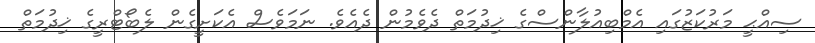
ސިއްޙީ މަރުކަޒުގައި އެމްބިއުލާންސްގެ ޚިދުމަތް ދެވެމުން ދެއެވެ. ނަމަވެސް އެކަށީގެން ލެބޯޓްރީގެ ޚިދުމަތް